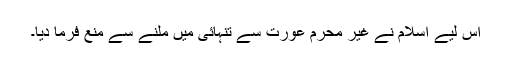
اس لیے اسلام نے غیر محرم عورت سے تنہائی میں ملنے سے منع فرما دیا۔